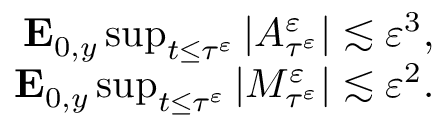
\begin{array} { r } { \mathbf { E } _ { 0 , y } \operatorname* { s u p } _ { t \leq \tau ^ { \varepsilon } } | A _ { \tau ^ { \varepsilon } } ^ { \varepsilon } | \lesssim \varepsilon ^ { 3 } , } \\ { \mathbf { E } _ { 0 , y } \operatorname* { s u p } _ { t \leq \tau ^ { \varepsilon } } | M _ { \tau ^ { \varepsilon } } ^ { \varepsilon } | \lesssim \varepsilon ^ { 2 } . } \end{array}